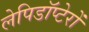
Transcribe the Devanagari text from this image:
लेपिडॉप्टेरों